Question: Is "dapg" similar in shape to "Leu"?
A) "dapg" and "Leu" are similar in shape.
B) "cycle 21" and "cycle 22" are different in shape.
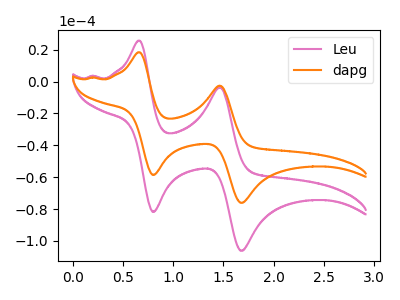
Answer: <think>The pink curve "Leu" has anodic peaks at (0.65V, 25.70uA) (1.45V, -3.55uA) and cathodic peaks at (0.80V, -81.80uA) (1.70V, -106.20uA). The orange curve "dapg" has anodic peaks at (0.65V, 18.40uA) (1.45V, -2.55uA) and cathodic peaks at (0.80V, -58.60uA) (1.70V, -76.10uA).
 All the peaks in "dapg" have a peak in "Leu" at the same potential.</think>
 <answer>A) "dapg" and "Leu" are similar in shape.</answer>
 <eval>A</eval>